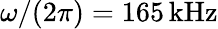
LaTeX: \omega/(2\pi)=165\, \mathrm{kHz}